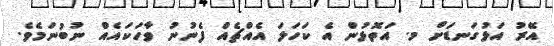
އޭރު އަޅުގަނޑަށް މ. އަތޮޅުން އެ ކަހަލަ އެއްޗެއް ފެނުނު ވާހަކައެއް ނުބުނަމެވެ.